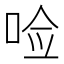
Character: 𪡋